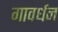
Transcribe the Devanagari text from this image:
गावर्धन